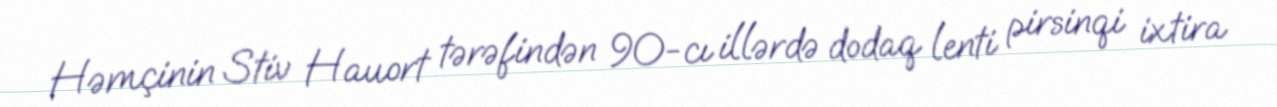
Həmçinin Stiv Hauort tərəfindən 90-cı illərdə dodaq lenti pirsinqi ixtira